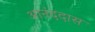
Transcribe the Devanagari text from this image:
आनंददास